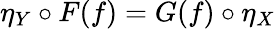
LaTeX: \eta_{Y}\circ F(f)=G(f)\circ\eta_{X}